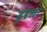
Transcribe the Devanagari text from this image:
ढूढेला